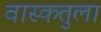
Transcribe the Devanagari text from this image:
वास्कतुला